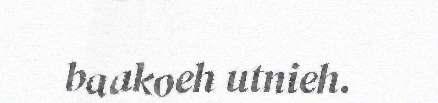
baakoeh utnieh.